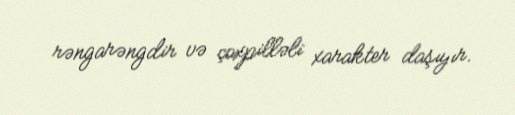
rəngarəngdir və çoxpilləli xarakter daşıyır.